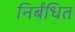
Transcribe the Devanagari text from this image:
निर्बंधित